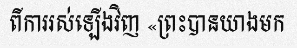
ពីការរស់ឡើងវិញ «ព្រះបានយាងមក